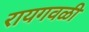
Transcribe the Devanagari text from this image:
रायगवळी